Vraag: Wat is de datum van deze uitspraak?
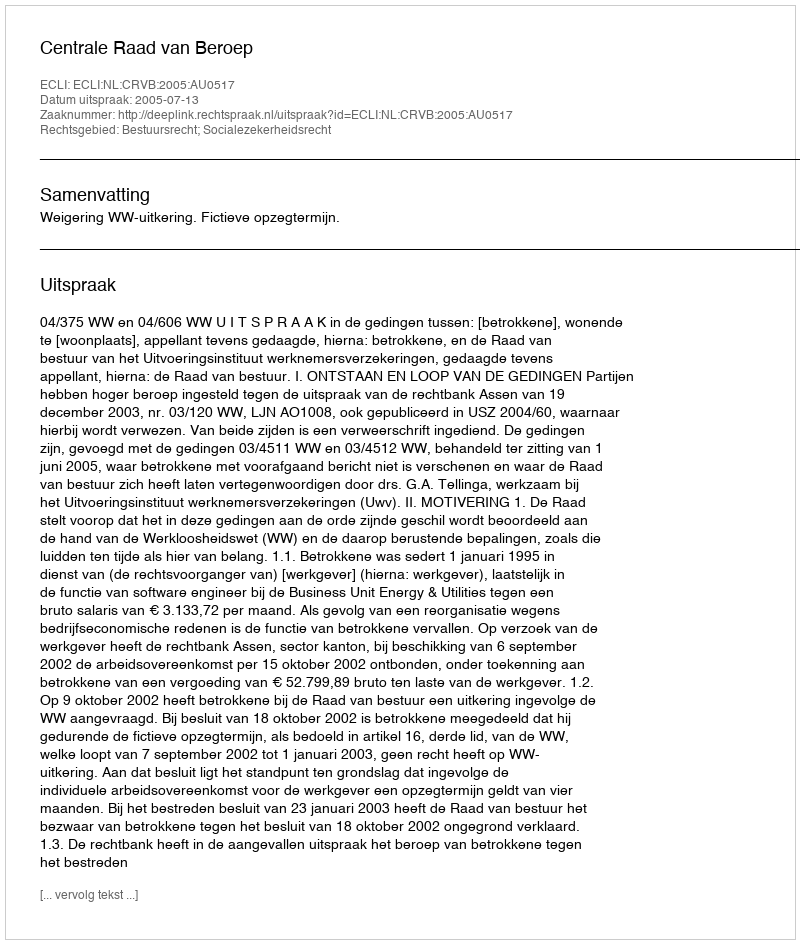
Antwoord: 2005-07-13